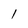
Character: 1